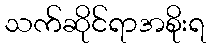
သက်ဆိုင်ရာအစိုးရ